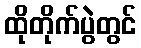
ထိုတိုက်ပွဲတွင်